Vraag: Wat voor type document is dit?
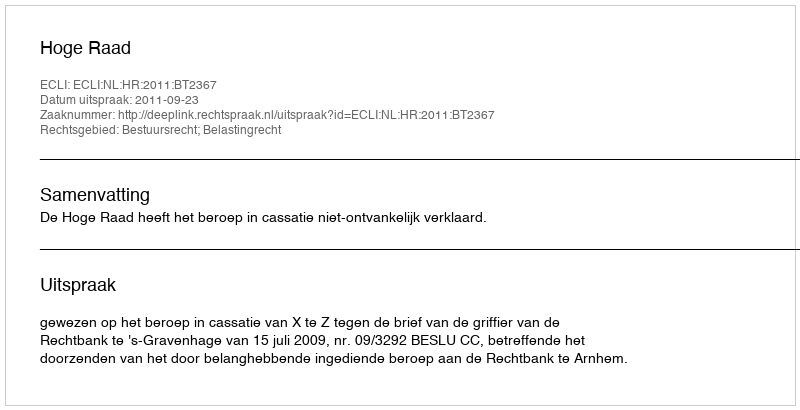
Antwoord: Uitspraak